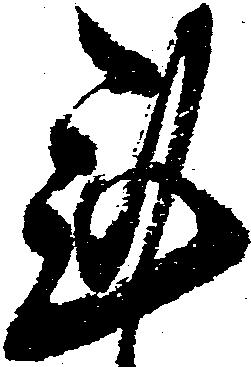
謹